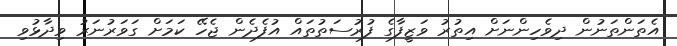
އެތަންތަނުން ދިވެހިންނަށް އިތުރު ވަޒީފާގެ ފުރުސަތުތައް އުފެދެން ޖެހޭ ކަމަށް ގަވަރުނަރު ވިދާޅުވި